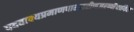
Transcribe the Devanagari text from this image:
पदवाक्यप्रमाणपारावरीणजरन्नैयायिक